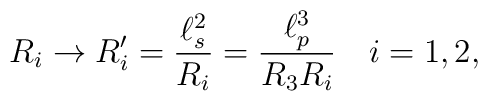
R_i \rightarrow R'_i = \frac{\ell_s^2}{R_i} = \frac{\ell_p^3}{R_3 R_i}\quad  i = 1,2,